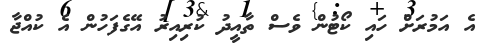
އެ އަމުރަށް ހައި ކޯޓުން ވެސް ތާއީދު ކުރިއިރު އޭގެފަހުން އެ ކުއްޖާ